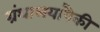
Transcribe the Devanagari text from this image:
ग्रंथालयांपैकी